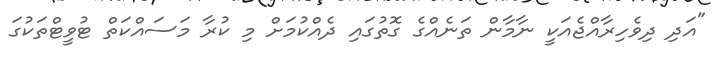
"އަދި ދިވެހިރާއްޖެއަކީ ނާމާން ތަނެއްގެ ގޮތުގައި ދެއްކުމަށް މި ކުރާ މަސައްކަތް ޓުވީޓްތަކުގަ